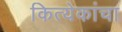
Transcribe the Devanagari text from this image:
कित्येकांचा